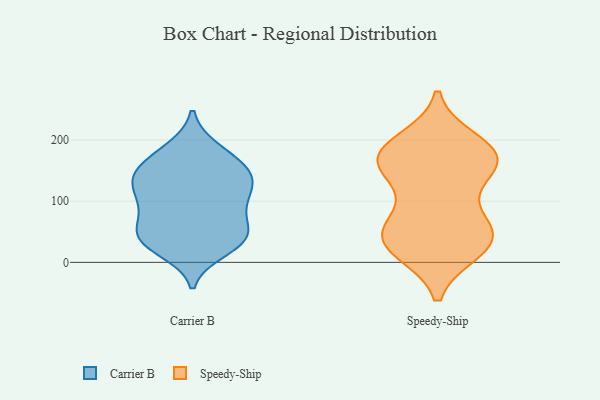
{"axis": {"x": "Energy Usage (MWh)", "y": "Value"}, "legend": ["Carrier B", "Speedy-Ship"], "data": [{"x": "", "y": 97, "type": "Carrier B"}, {"x": "", "y": 145, "type": "Carrier B"}, {"x": "", "y": 39, "type": "Carrier B"}, {"x": "", "y": 38, "type": "Carrier B"}, {"x": "", "y": 145, "type": "Carrier B"}, {"x": "", "y": 34, "type": "Carrier B"}, {"x": "", "y": 161, "type": "Carrier B"}, {"x": "", "y": 35, "type": "Carrier B"}, {"x": "", "y": 77, "type": "Carrier B"}, {"x": "", "y": 91, "type": "Carrier B"}, {"x": "", "y": 123, "type": "Carrier B"}, {"x": "", "y": 147, "type": "Carrier B"}, {"x": "", "y": 106, "type": "Carrier B"}, {"x": "", "y": 141, "type": "Carrier B"}, {"x": "", "y": 120, "type": "Carrier B"}, {"x": "", "y": 52, "type": "Carrier B"}, {"x": "", "y": 182, "type": "Carrier B"}, {"x": "", "y": 20, "type": "Carrier B"}, {"x": "", "y": 50, "type": "Carrier B"}, {"x": "", "y": 185, "type": "Carrier B"}, {"x": "", "y": 196, "type": "Speedy-Ship"}, {"x": "", "y": 167, "type": "Speedy-Ship"}, {"x": "", "y": 48, "type": "Speedy-Ship"}, {"x": "", "y": 65, "type": "Speedy-Ship"}, {"x": "", "y": 163, "type": "Speedy-Ship"}, {"x": "", "y": 43, "type": "Speedy-Ship"}, {"x": "", "y": 121, "type": "Speedy-Ship"}, {"x": "", "y": 167, "type": "Speedy-Ship"}, {"x": "", "y": 171, "type": "Speedy-Ship"}, {"x": "", "y": 33, "type": "Speedy-Ship"}, {"x": "", "y": 175, "type": "Speedy-Ship"}, {"x": "", "y": 24, "type": "Speedy-Ship"}, {"x": "", "y": 21, "type": "Speedy-Ship"}, {"x": "", "y": 51, "type": "Speedy-Ship"}, {"x": "", "y": 173, "type": "Speedy-Ship"}]}